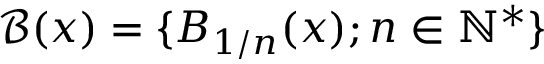
{ \mathcal { B } } ( x ) = \{ B _ { 1 / n } ( x ) ; n \in \mathbb { N } ^ { * } \}